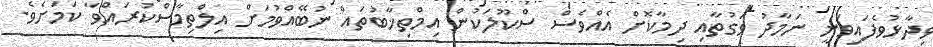
ވިދާޅުވެފައިވަނީ ނަމާދު ވަގުތާއި ދިމާކޮށް އެއްވެސް ސްކޫލަކުން އިމްތިޚާބުތައް ނުބޭއްވުމަށް އިލްތިމާސްކުރައްވާ ކަމަށެވެ.